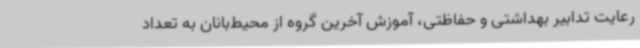
رعایت تدابیر بهداشتی و حفاظتی، آموزش آخرین گروه از محیط‌بانان به تعداد